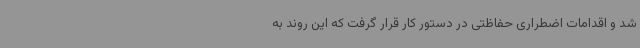
شد و اقدامات اضطراری حفاظتی در دستور کار قرار گرفت که این روند به